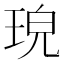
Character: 𤥰